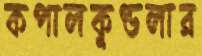
কপালকুণ্ডলার